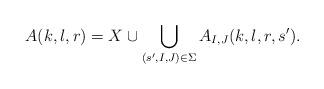
LaTeX: \begin{align*}A(k,l,r)=X\cup \bigcup_{(s',I,J)\in\Sigma}A_{I,J}(k,l,r,s').\end{align*}